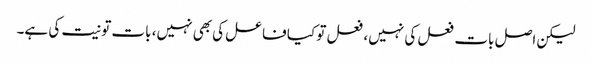
لیکن اصل بات فعل کی نہیں، فعل تو کیا فاعل کی بھی نہیں، بات تو نیت کی ہے۔